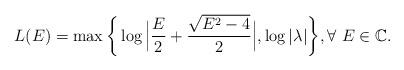
LaTeX: \begin{align*}L(E)=\max\bigg\{\log \Big|\frac{E}{2}+\frac{\sqrt{E^{2}-4}}{2}\Big|,\log |\lambda|\bigg\}, \forall \ E\in \mathbb{C}.\end{align*}